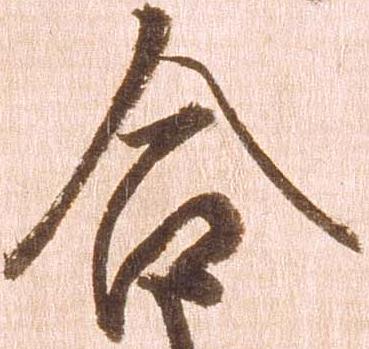
合